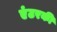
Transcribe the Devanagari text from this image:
एंटरकी